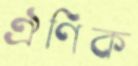
ঐণিক